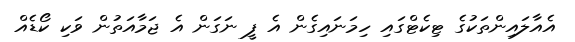
އެއާލައިންތަކުގެ ޓިކެޓްގައި ހިމަނައިގެން އެ ފީ ނަގަން އެ ޖަމާއަތުން ވަކި ކޯޑެއް